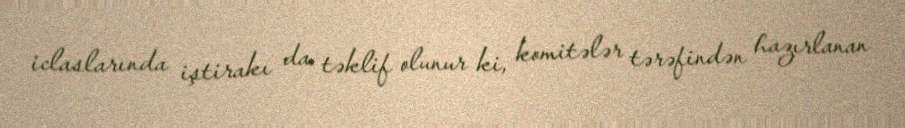
iclaslarında iştirakı da təklif olunur ki, komitələr tərəfindən hazırlanan